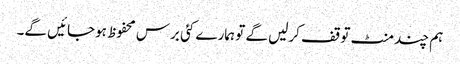
ہم چند منٹ توقف کرلیں گے تو ہمارے کئی برس محفوظ ہوجائیں گے۔